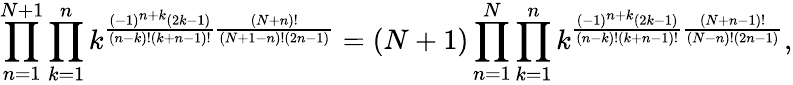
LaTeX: \prod_{n=1}^{N+1}\prod_{k=1}^{n}k^{\frac{\left(-1\right)^{n+k}\left(2k-1\right)}{\left(n-k\right)!\left(k+n-1\right)!}\frac{\left(N+n\right)!}{\left(N+1-n\right)!\left(2n-1\right)}}=\left(N+1\right)\prod_{n=1}^{N}\prod_{k=1}^{n}k^{\frac{\left(-1\right)^{n+k}\left(2k-1\right)}{\left(n-k\right)!\left(k+n-1\right)!}\frac{\left(N+n-1\right)!}{\left(N-n\right)!\left(2n-1\right)}},